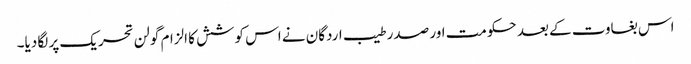
اس بغاوت کے بعد حکومت اور صدر طیب اردگان نے اس کوشش کا الزام گولن تحریک پر لگا دیا۔